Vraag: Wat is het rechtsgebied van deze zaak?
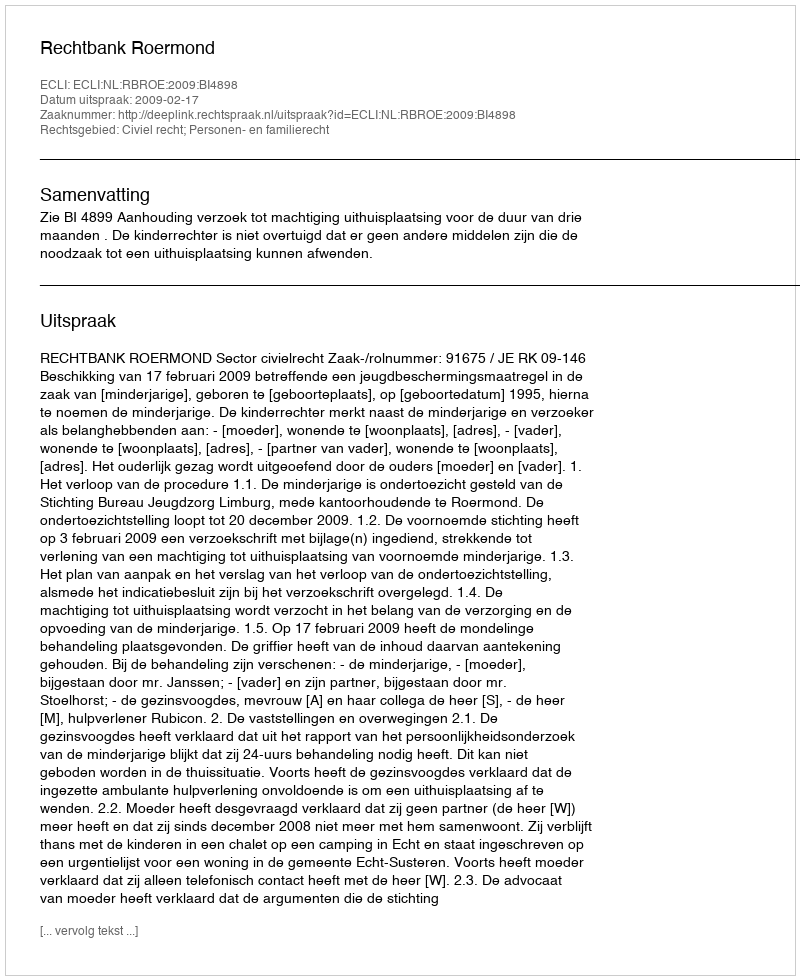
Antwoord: Civiel recht; Personen- en familierecht